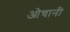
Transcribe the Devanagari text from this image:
ओचानी